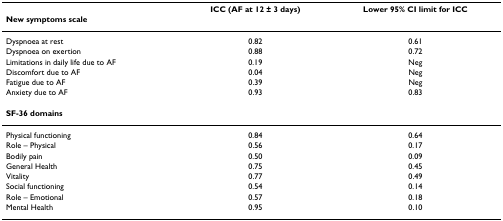
|  | ICC (AF at 12 ± 3 days) | Lower 95% CI limit for ICC |
 | New symptoms scale |  |  |
 | --- | --- | --- |
 | Dyspnoea at rest | 0.82 | 0.61 |
 | Dyspnoea on exertion | 0.88 | 0.72 |
 | Limitations in daily life due to AF | 0.19 | Neg |
 | Discomfort due to AF | 0.04 | Neg |
 | Fatigue due to AF | 0.39 | Neg |
 | Anxiety due to AF | 0.93 | 0.83 |
 | SF-36 domains |  |  |
 | Physical functioning | 0.84 | 0.64 |
 | Role – Physical | 0.56 | 0.17 |
 | Bodily pain | 0.50 | 0.09 |
 | General Health | 0.75 | 0.45 |
 | Vitality | 0.77 | 0.49 |
 | Social functioning | 0.54 | 0.14 |
 | Role – Emotional | 0.57 | 0.18 |
 | Mental Health | 0.95 | 0.10 |